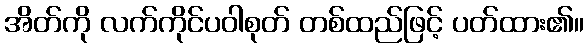
အိတ်ကို လက်ကိုင်ပဝါစုတ် တစ်ထည်ဖြင့် ပတ်ထား၏။